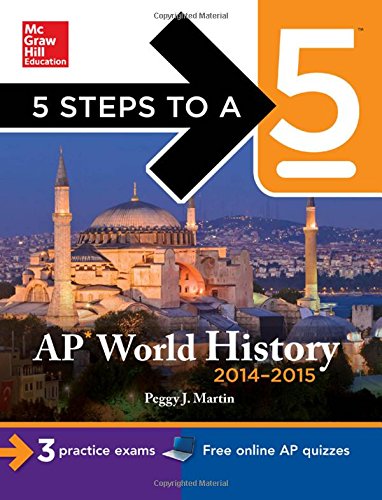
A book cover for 5 Steps to a 5 AP World History, 2014-2015 Edition (5 Steps to a 5 on the Advanced Placement Examinations Series); Peggy Martin; History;